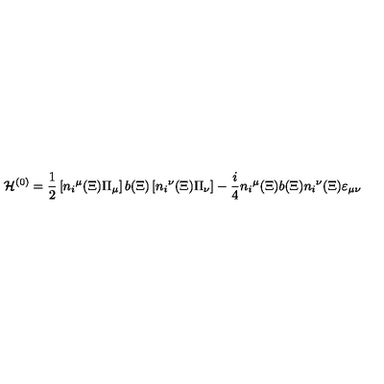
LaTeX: { \cal H } ^ { ( 0 ) } = { \frac { 1 } { 2 } } \left[ { n _ { i } } ^ { \mu } ( \Xi ) \Pi _ { \mu } \right] b ( \Xi ) \left[ { n _ { i } } ^ { \nu } ( \Xi ) \Pi _ { \nu } \right] - { \frac { i } { 4 } } { n _ { i } } ^ { \mu } ( \Xi ) b ( \Xi ) { n _ { i } } ^ { \nu } ( \Xi ) \varepsilon _ { \mu \nu }